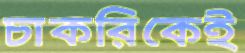
চাকরিকেই